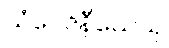
သံဝေဇနီယေသု